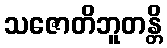
သဇောတိဘူတန္တိ